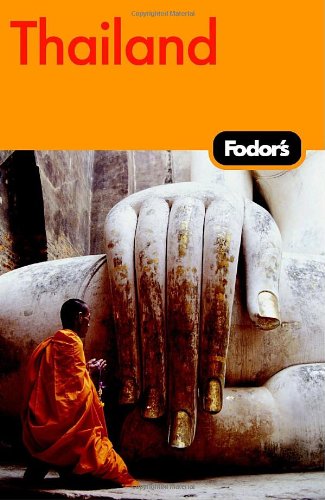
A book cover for Fodor's Thailand, 10th Edition: With Side Trips to Cambodia & Laos (Fodor's Gold Guides); Fodor's; Travel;